Insane asylums in Bengal annual reports 1867-1875 - 1867-1875
Year: 1867
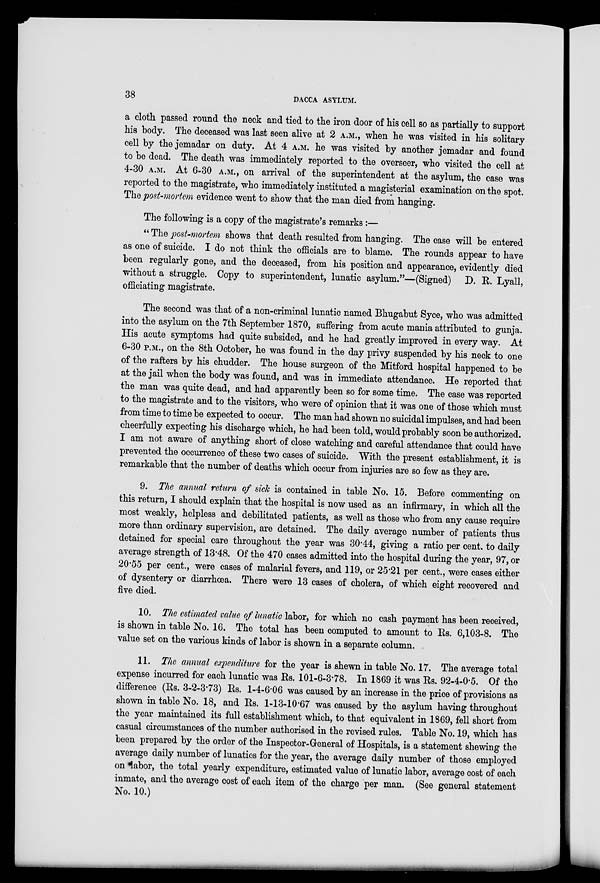
38
DACCA ASYLUM.
a cloth passed round the neck and tied to the iron door of his cell so as partially to support
his body. The deceased was last seen alive at 2 A.M., when he was visited in his solitary
cell by the jemadar on duty. At 4 A.M. he was visited by another jemadar and found
to be dead. The death was immediately reported to the overseer, who visited the cell at
4-30 A.M. At 6-30 A.M., on arrival of the superintendent at the asylum, the case was
reported to the magistrate, who immediately instituted a magisterial examination on the spot.
The post-mortem evidence went to show that the man died from hanging.
The following is a copy of the magistrate's remarks:—
" The post-mortem shows that death resulted from hanging. The case will be entered
as one of suicide. I do not think the officials are to blame. The rounds appear to have
been regularly gone, and the deceased, from his position and appearance, evidently died
without a struggle. Copy to superintendent, lunatic asylum."—(Signed) D. R. Lyall,
officiating magistrate.
The second was that of a non-criminal lunatic named Bhugabut Syce, who was admitted
into the asylum on the 7th September 1870, suffering from acute mania attributed to gunja.
His acute symptoms had quite subsided, and he had greatly improved in every way. At
6-30 P.M., on the 8th October, he was found in the day privy suspended by his neck to one
of the rafters by his chudder. The house surgeon of the Mitford hospital happened to be
at the jail when the body was found, and was in immediate attendance. He reported that
the man was quite dead, and had apparently been so for some time. The case was reported
to the magistrate and to the visitors, who were of opinion that it was one of those which must
from time to time be expected to occur. The man had shown no suicidal impulses, and had been
cheerfully expecting his discharge which, he had been told, would probably soon be authorized.
I am not aware of anything short of close watching and careful attendance that could have
prevented the occurrence of these two cases of suicide. With the present establishment, it is
remarkable that the number of deaths which occur from injuries are so few as they are.
9. The annual return of sick is contained in table No. 15. Before commenting on
this return, I should explain that the hospital is now used as an infirmary, in which all the
most weakly, helpless and debilitated patients, as well as those who from any cause require
more than ordinary supervision, are detained. The daily average number of patients thus
detained for special care throughout the year was 30.44, giving a ratio per cent. to daily
average strength of 13.48. Of the 470 cases admitted into the hospital during the year, 97, or
20.55 per cent., were cases of malarial fevers, and 119, or 25.21 per cent., were cases either
of dysentery or diarrhœa. There were 13 cases of cholera, of which eight recovered and
five died.
10. The estimated value of lunatic labor, for which no cash payment has been received,
is shown in table No. 16. The total has been computed to amount to Rs. 6,103-8. The
value set on the various kinds of labor is shown in a separate column.
11. The annual expenditure for the year is shewn in table No. 17. The average total
expense incurred for each lunatic was Rs. 101-6-3.78. In 1869 it was Rs. 92-4-0.5. Of the
difference (Rs. 3-2-3.73) Rs. 1-4-6.06 was caused by an increase in the price of provisions as
shown in table No. 18, and Rs. 1-13-10.67 was caused by the asylum having throughout
the year maintained its full establishment which, to that equivalent in 1869, fell short from
casual circumstances of the number authorised in the revised rules. Table No. 19, which has
been prepared by the order of the Inspector-General of Hospitals, is a statement shewing the
average daily number of lunatics for the year, the average daily number of those employed
on labor, the total yearly expenditure, estimated value of lunatic labor, average cost of each
inmate, and the average cost of each item of the charge per man. (See general statement
No. 10.)